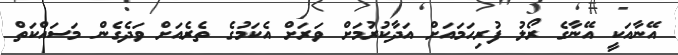
އޭނާއަކީ އޭނާގެ ރޯލު ފުރިހަމައަށް އަދާކުރުމަށް ވަރަށް އެކަމުގެ ތެރެއަށް ވަދެގެން މަސައްކަތް